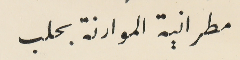
مطرانية الموارنة بحلب